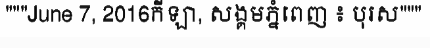
"""June 7, 2016កីឡា, សង្គមភ្នំពេញ ៖ បុរស"""